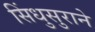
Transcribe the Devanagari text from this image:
सिंधुसुराने